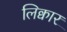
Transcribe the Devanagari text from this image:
लिक्वार